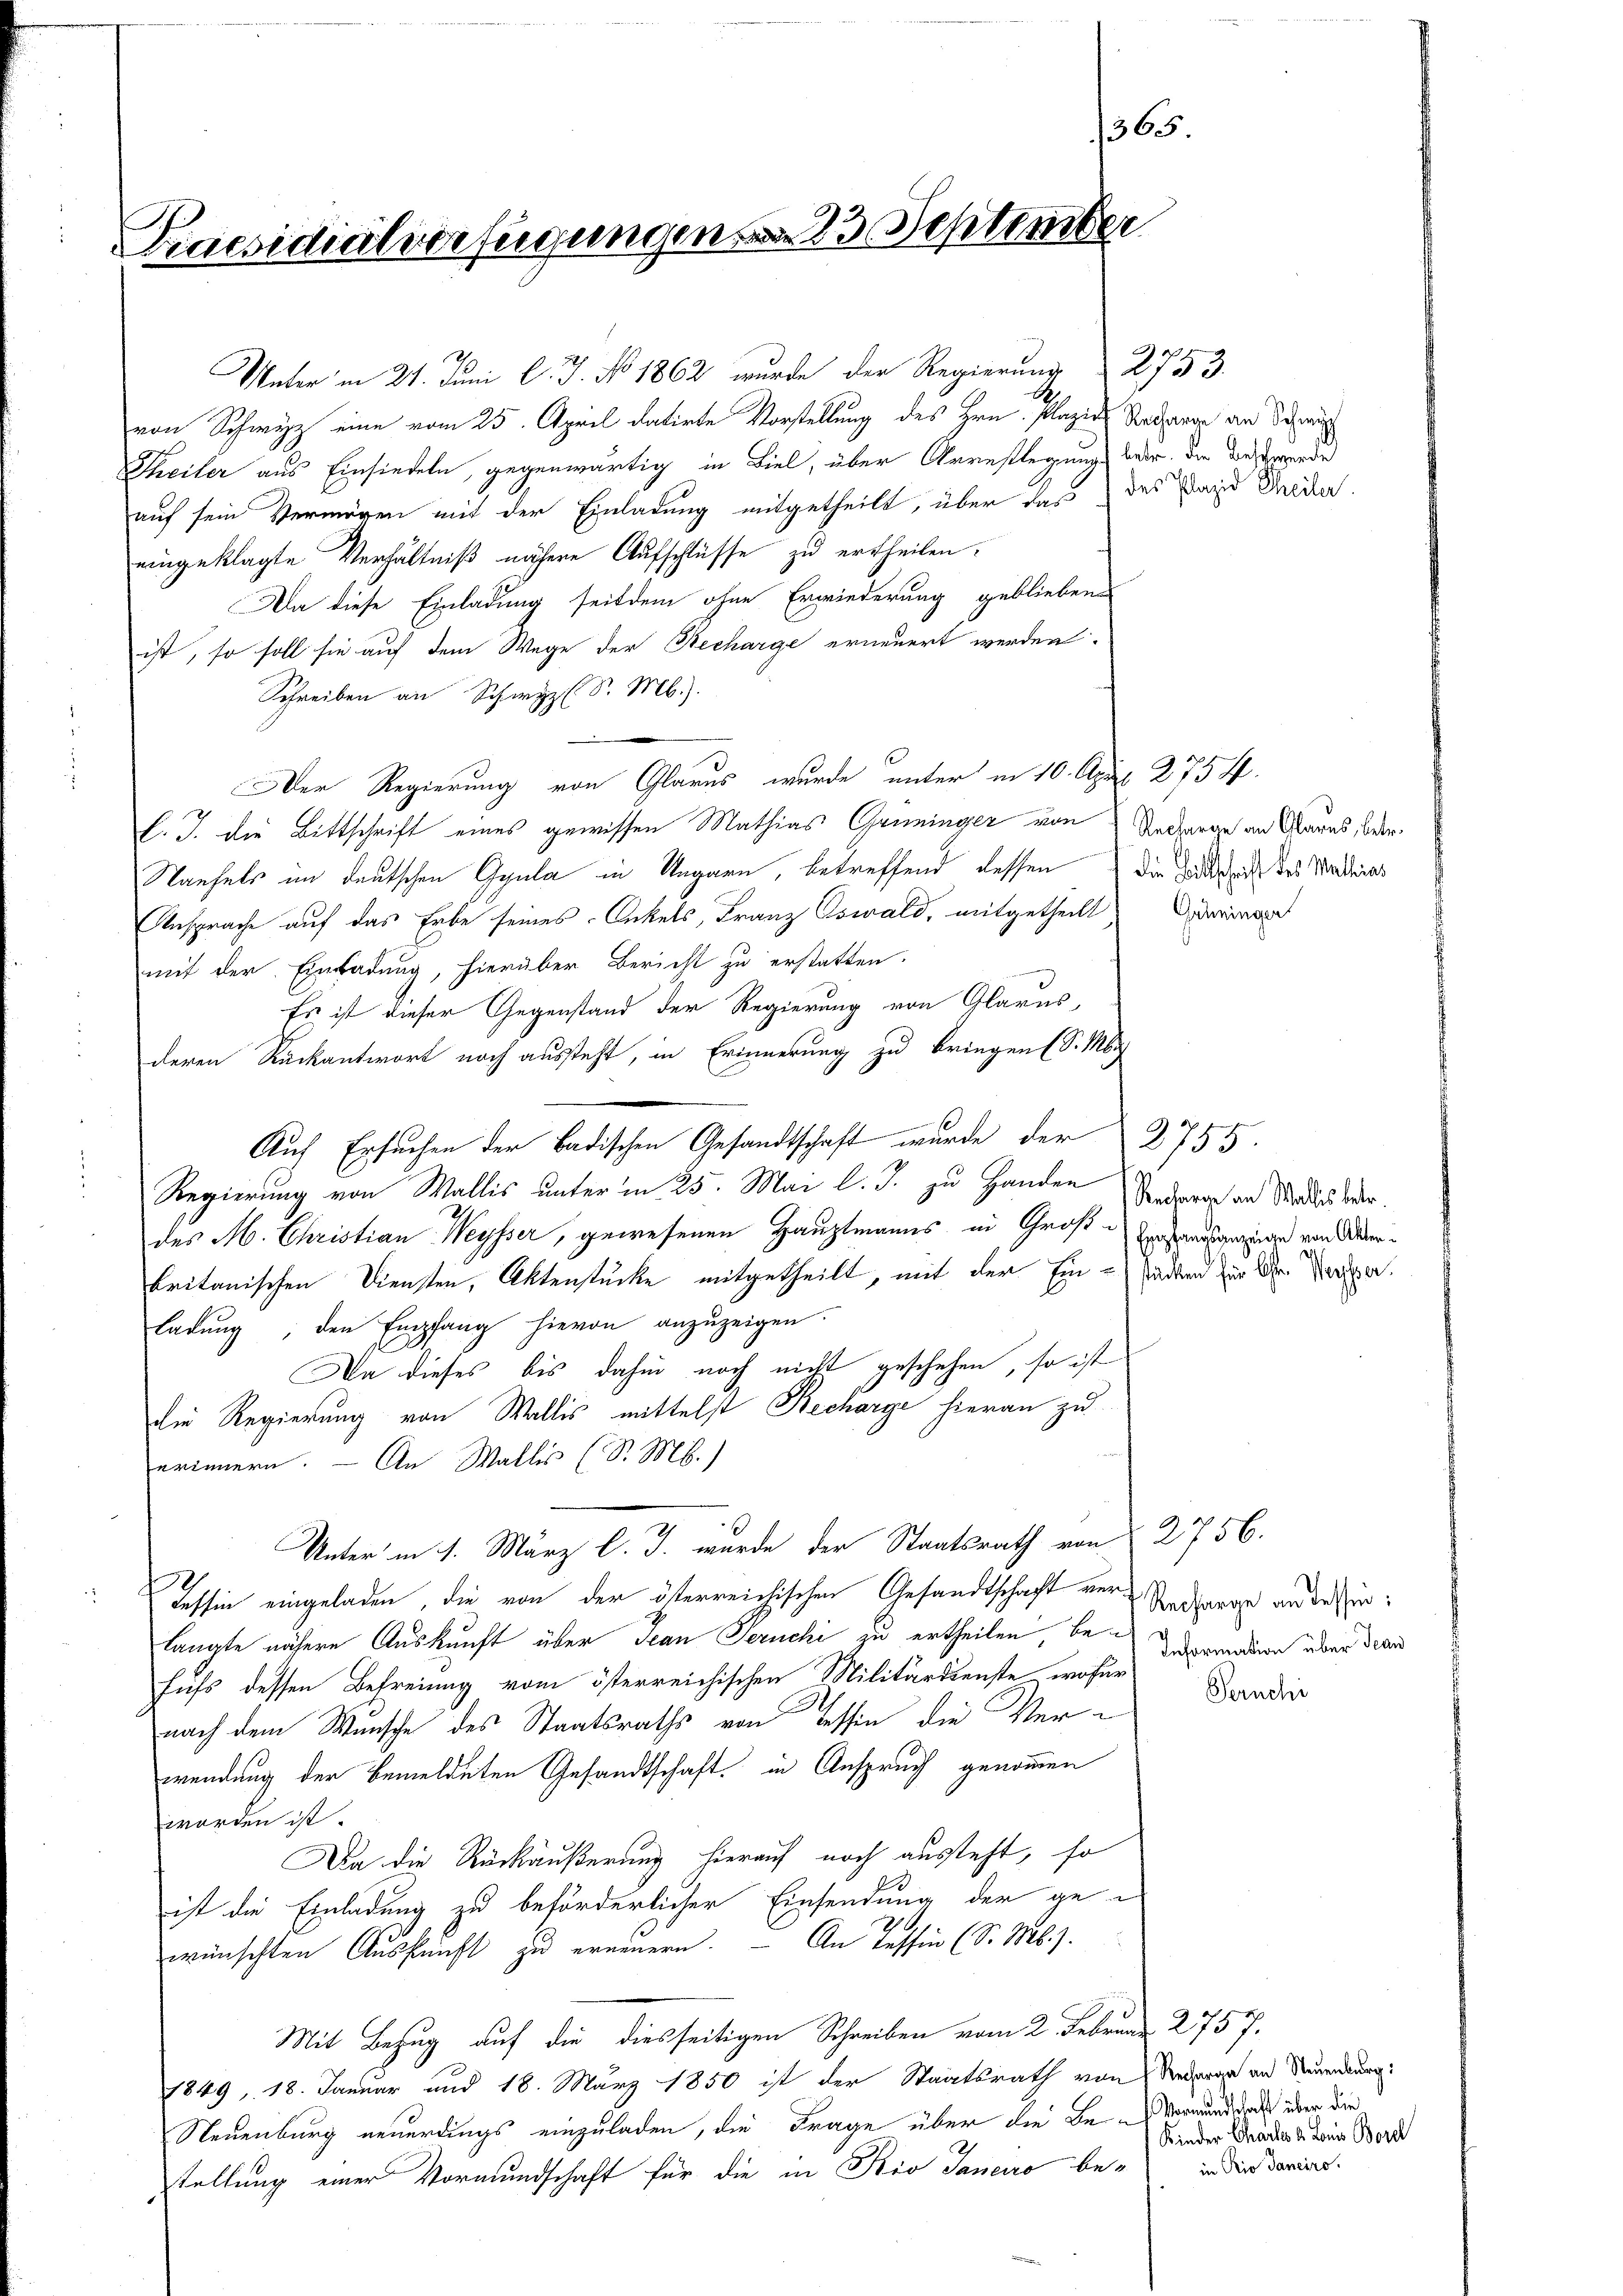
Praesidialverfügungen von 23. Septemb.

von Schwyz eine vom 25. April datirte Vorstellung des Hrn. Plazir Ratharin an Schw
Theiler aus Einsiedeln, gegenwärtig in Biel, über Arrestlegungs war die Beschwerden
auf sein Vermögen mit der Einladung mitgetheilt, über das des Sand Feder
eingeklagte Verhältniß nähere Aufschlüsse zu ertheilen.
Da diese Einladung seitdem ohne Erwiederung geblieben
ist, so soll sie auf dem Wege der Recharge erneuert werden.
Schreiben an Schwyz (S. M.).
Der Regierung von Glarus wurde unter in 10. April 2754.
l. J. die Bittschrift eines gewissen Mathias Grüninger von Nacharan an Glarus, oder
Nauhels im deutschen Ggula in Ungarn, betreffend dessen die Hand des Stadies
Ansprache auf das Erbe seines Onkels, Franz Oswald, mitgetheilt, darina
mit der Einladung, hierüber Bericht zu erstatten.

Es ist dieser Gegenstand der Regierung von Glarus,
deren Rückantwort noch aussteht, in Erinnerung zu bringen (S. Mi
Auf Ersuchen der Badischen Gesandtschaft wurde der 2755.
Regierung von Wallis unter in 25. Mai l. J. zu Handen
des M. Christian Weysser, gewesenen Hauptmanns in Groß-Ensauszieren von Oberbritanischen Diensten, Aktenstücke mitgetheilt, mit der Einsiden zur der Dauer.
ladŭng, den Empfang hievon anzuzeigen.
Da dieses bis dahin noch nicht geschehen, so ist
die Regierung von Wallis mittelst Recharge hieran zu
erinnern. — An Wallis (S. M.)
Unter in 1. März l. J. wurde der Staatsrath von § 2756.
Tessin eingeladen, die von der österreichischen Gesandtschaft vor Recharge an dessenlangte nähere Auskunft über Jean Peruchi zu ertheilen, bedarmation über dran
hufs dessen Befreiung vom österreichischen Militärdienste, wofür
nach dem Wunsche des Staatsraths von Tessin die Verwendung der bemeldeten Gesandtschaft in Anspruch genommen
worden ist.
Da die Rückäußerung hierauf noch austeht, so
ist die Einladung zu beförderlicher Einsendung der ge-
wünschten Auskunft zu ernennern. — An Tessin (S. Mb.).
Mit Bezug auf die diesseitigen Schreiben vom 2. Februar 2757.
1849, 18. Januar und 18. März 1850 ist der Staatsrath von Nederar an Neuenburg:
Neuenburg neuerdings einzuladen, die Frage über die Bevormund daß über die
stellung einer Vormundschaft für die in Rio Sanciro be¬

Unter in 21. Juni l. J. No. 1862 wurde der Regierung 2753.

r

65

Recharin an Walles betr.

Peruchi

Kinder Charlo 2. Louis Borel
in Rio Janeiro.